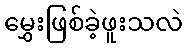
မွှေးဖြစ်ခဲ့ဖူးသလဲ